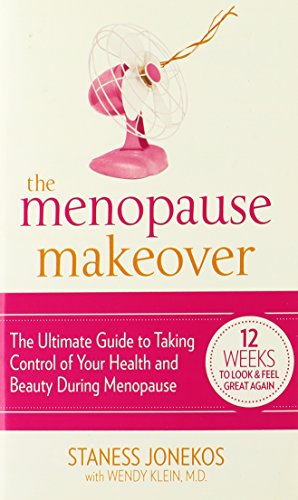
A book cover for The Menopause Makeover: The Ultimate Guide to Taking Control of Your Health and Beauty During Menopause; Staness Jonekos; Health, Fitness & Dieting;